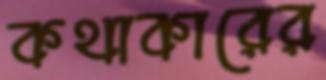
কথাকারের